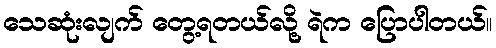
သေဆုံးလျက် တွေ့ရတယ်လို့ ရဲက ပြောပါတယ်။